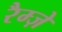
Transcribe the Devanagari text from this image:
रैम्ज़े